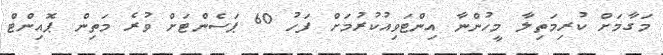
މަގާމަށް ކުރިމަތިލާ މީހުންނާ އިންޓަވިއުކުރުމަށް ފަހު 60 ޕަސެންޓަށް ވުރެ މަތިން ޕޮއިންޓް